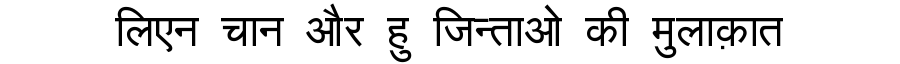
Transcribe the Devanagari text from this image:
लिएन चान और हु जिन्ताओ की मुलाक़ात